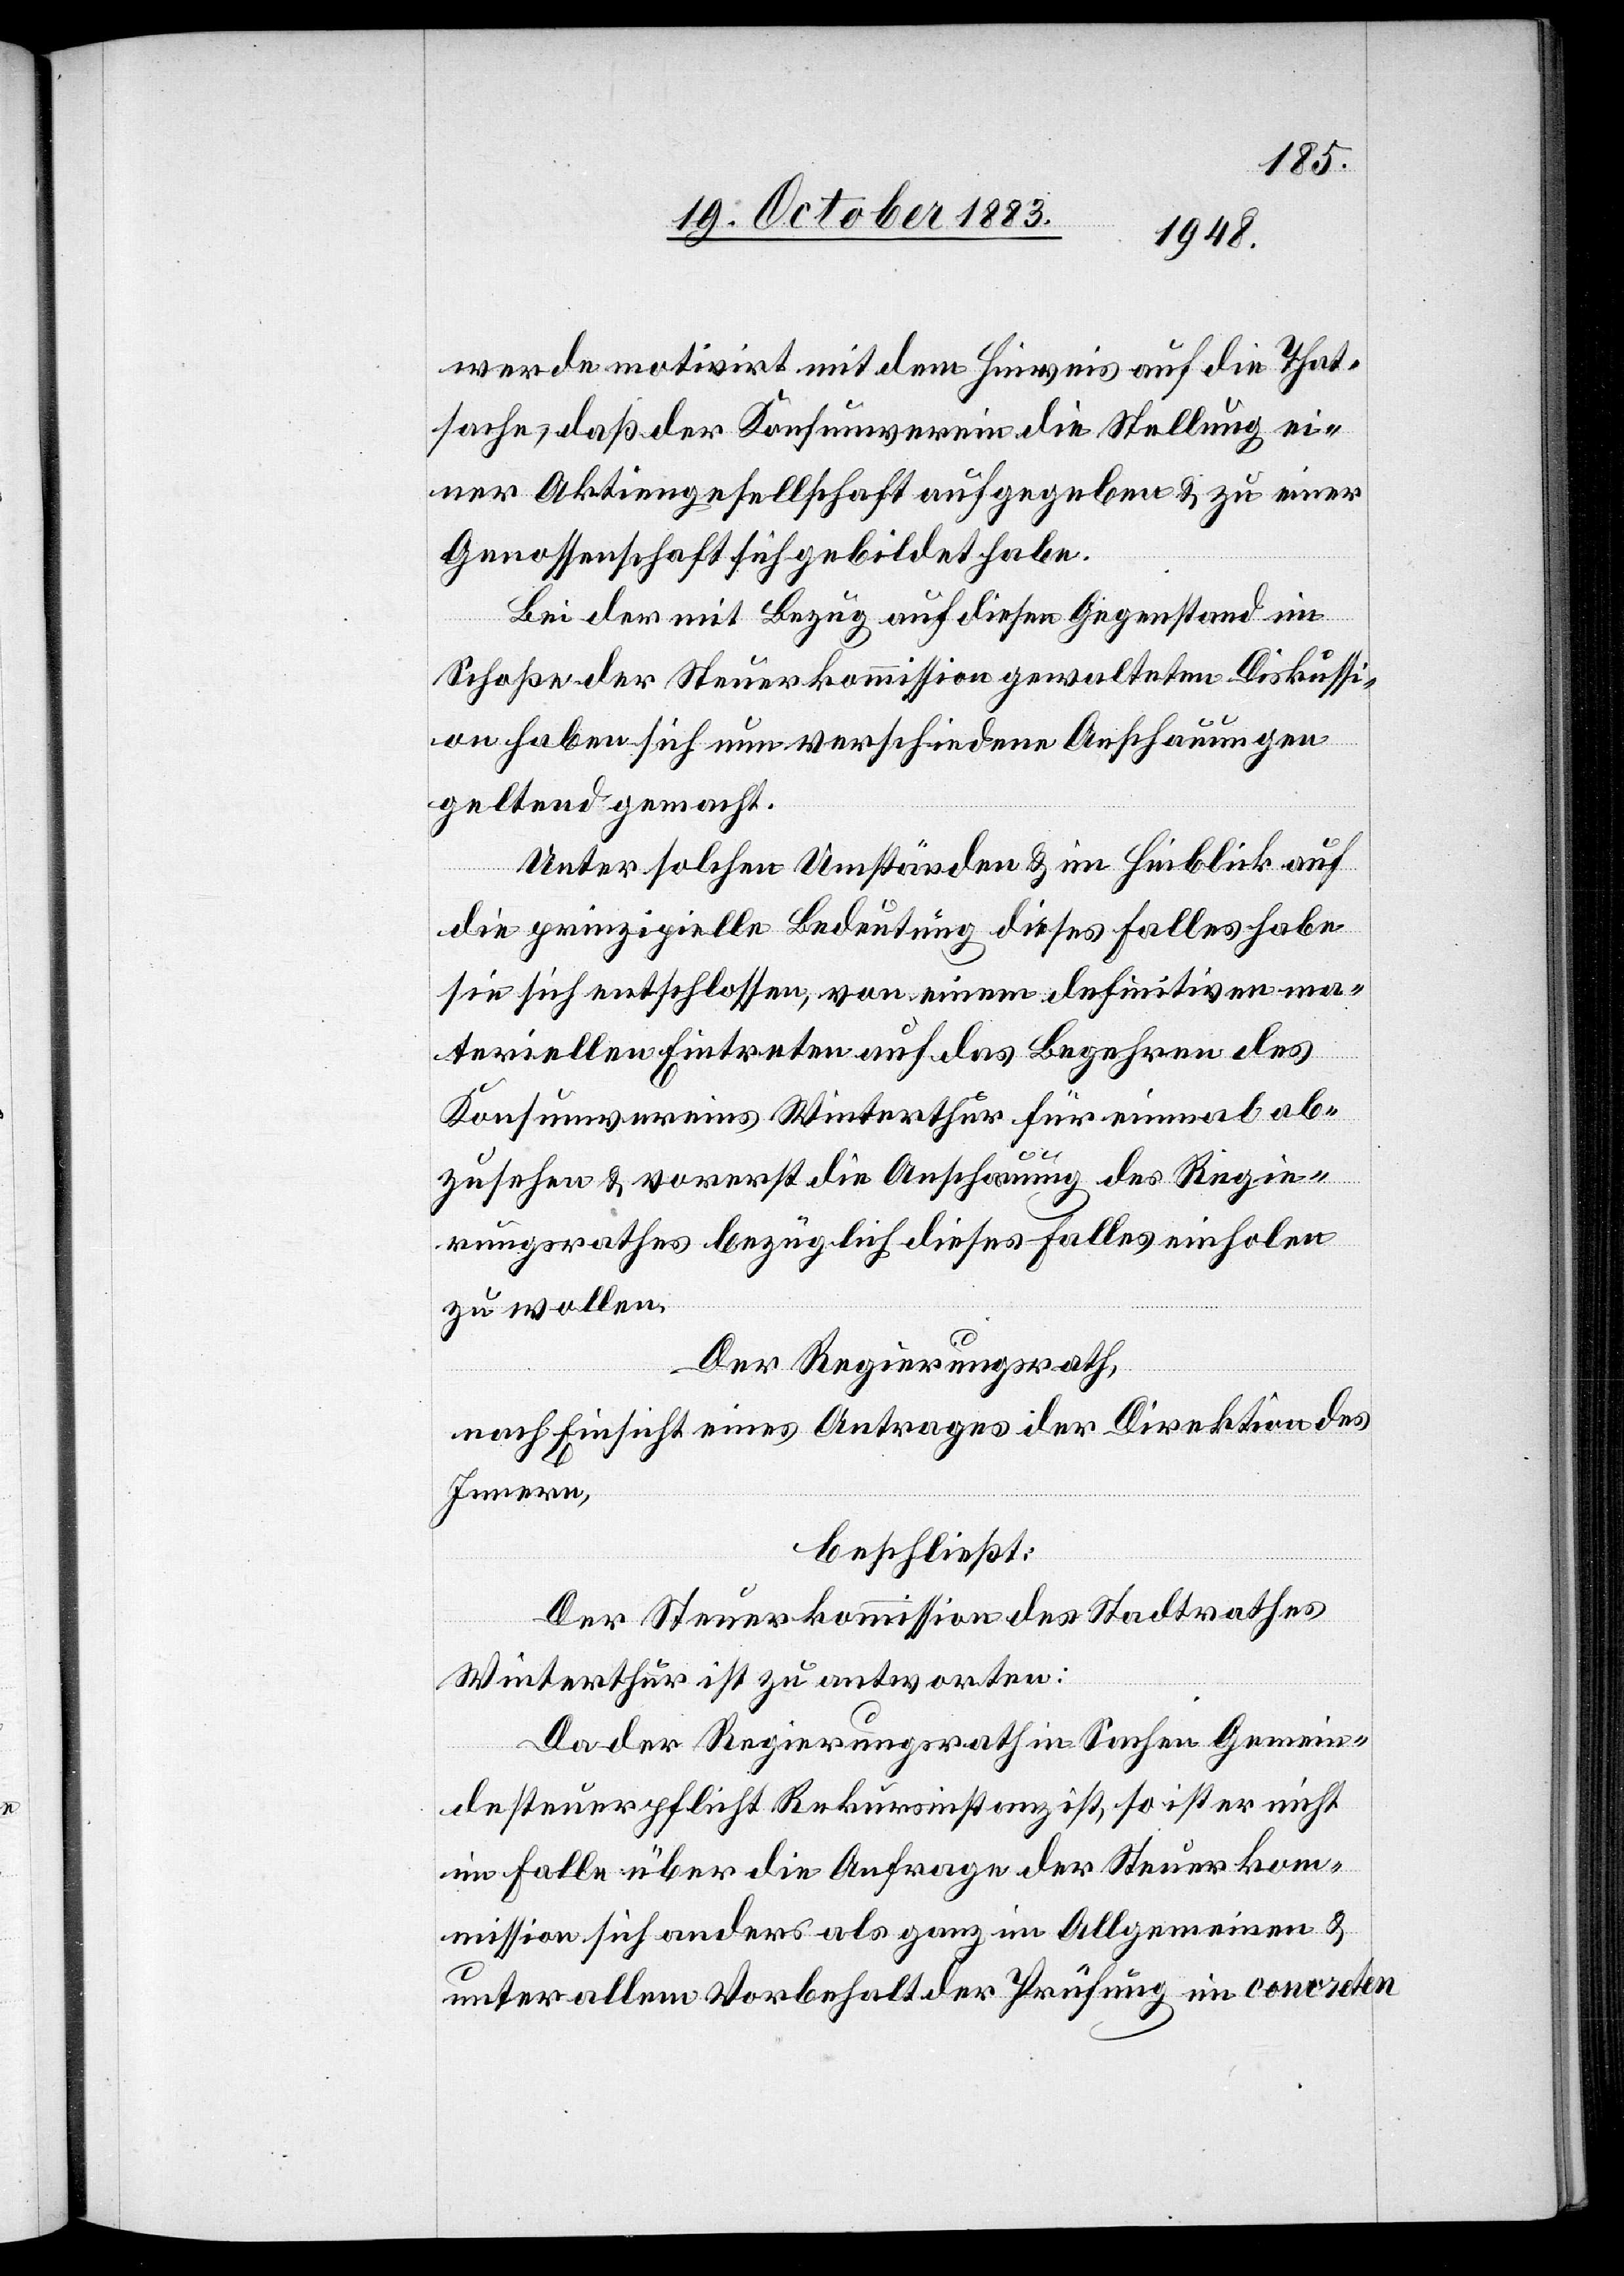
werde motivirt mit dem Hinweis auf die That¬
sache, daß der Konsumverein die Stellung ei¬
ner Aktiengesellschaft aufgegeben & zu einer
Genossenschaft sich gebildet habe.
Bei der mit Bezug auf diesen Gegenstand im
Schoße der Steuerkommission gewalteten Diskussi¬
on haben sich nun verschiedene Anschauungen
geltend gemacht.
Unter solchen Umständen & im Hinblick auf
die prinzipielle Bedeutung dieses Falles habe
sie sich entschlossen, von einem definitiven ma¬
teriellen Eintreten auf das Begehren des
Konsumvereins Winterthur für einmal ab¬
zusehen & vorerst die Anschauung des Regie¬
rungsrathes bezüglich dieses Falles einholen
zu wollen.
Der Regierungsrath,
nach Einsicht eines Antrages der Direktion des
Innern,
beschließt:
Der Steuerkommission des Stadtrathes
Winterthur ist zu antworten:
Da der Regierungsrath in Sachen Gemein¬
desteuerpflicht Rekursinstanz ist, so ist er nicht
im Falle über die Anfrage der Steuerko¬
mmission sich anders als ganz im Allgemeinen &
unter allem Vorbehalt der Prüfung im concreten